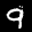
Label: 9